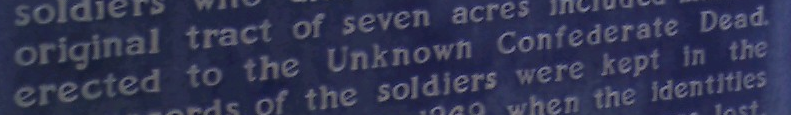
erected to the Unknown Contederate Dead.